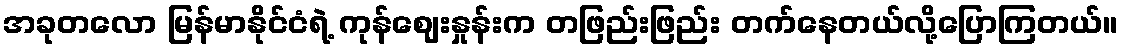
အခုတလော မြန်မာနိုင်ငံရဲ့ ကုန်ဈေးနှုန်းက တဖြည်းဖြည်း တက်နေတယ်လို့ပြောကြတယ်။